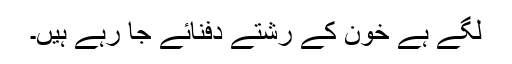
لگے ہے خون کے رشتے دفنائے جا رہے ہیں۔